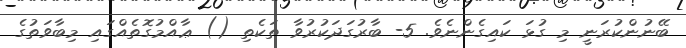
ބޭނުންކުރަނީ މި ގުޅަ ކައިގެންނެވެ. 5- ބާރުގަދަކުރުވާ ތަކެތި () ޢާއްމުގޮތެއްގައި މިބާވަތުގެ